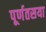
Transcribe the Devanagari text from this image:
पूर्णतसया